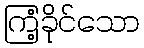
ကြံ့ခိုင်သော